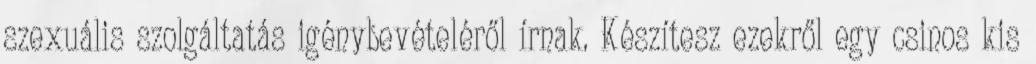
szexuális szolgáltatás igénybevételéről írnak. Készítesz ezekről egy csinos kis